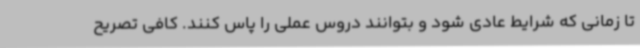
تا زمانی که شرایط عادی شود و بتوانند دروس عملی را پاس کنند. کافی تصریح